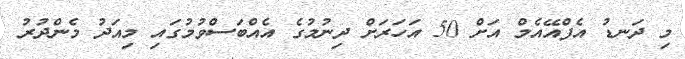
މި ދަނޑު އެފްއޭއެމް އަށް 50 އަހަރަށް ދިނުމުގެ އެއްބަސްވުމުގައި މިއަދު މެންދުރު